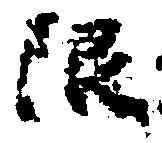
限